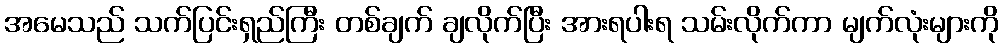
အမေသည် သက်ပြင်းရှည်ကြီး တစ်ချက် ချလိုက်ပြီး အားရပါးရ သမ်းလိုက်ကာ မျက်လုံးများကို